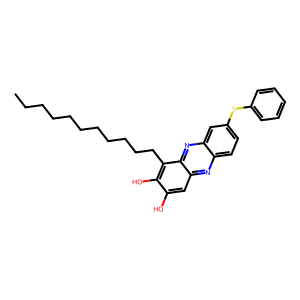
SMILES: CCCCCCCCCCCc1c(O)c(O)cc2nc3ccc(Sc4ccccc4)cc3nc12
Inhibits HIV replication: No